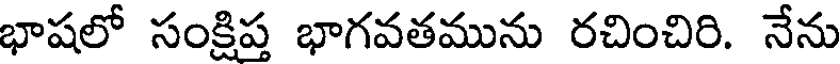
భాషలో సంక్షిప్త భాగవతమును రచించిరి. నేను